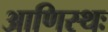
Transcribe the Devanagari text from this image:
आणिस्थः